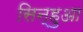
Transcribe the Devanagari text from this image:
सिन्हुआ